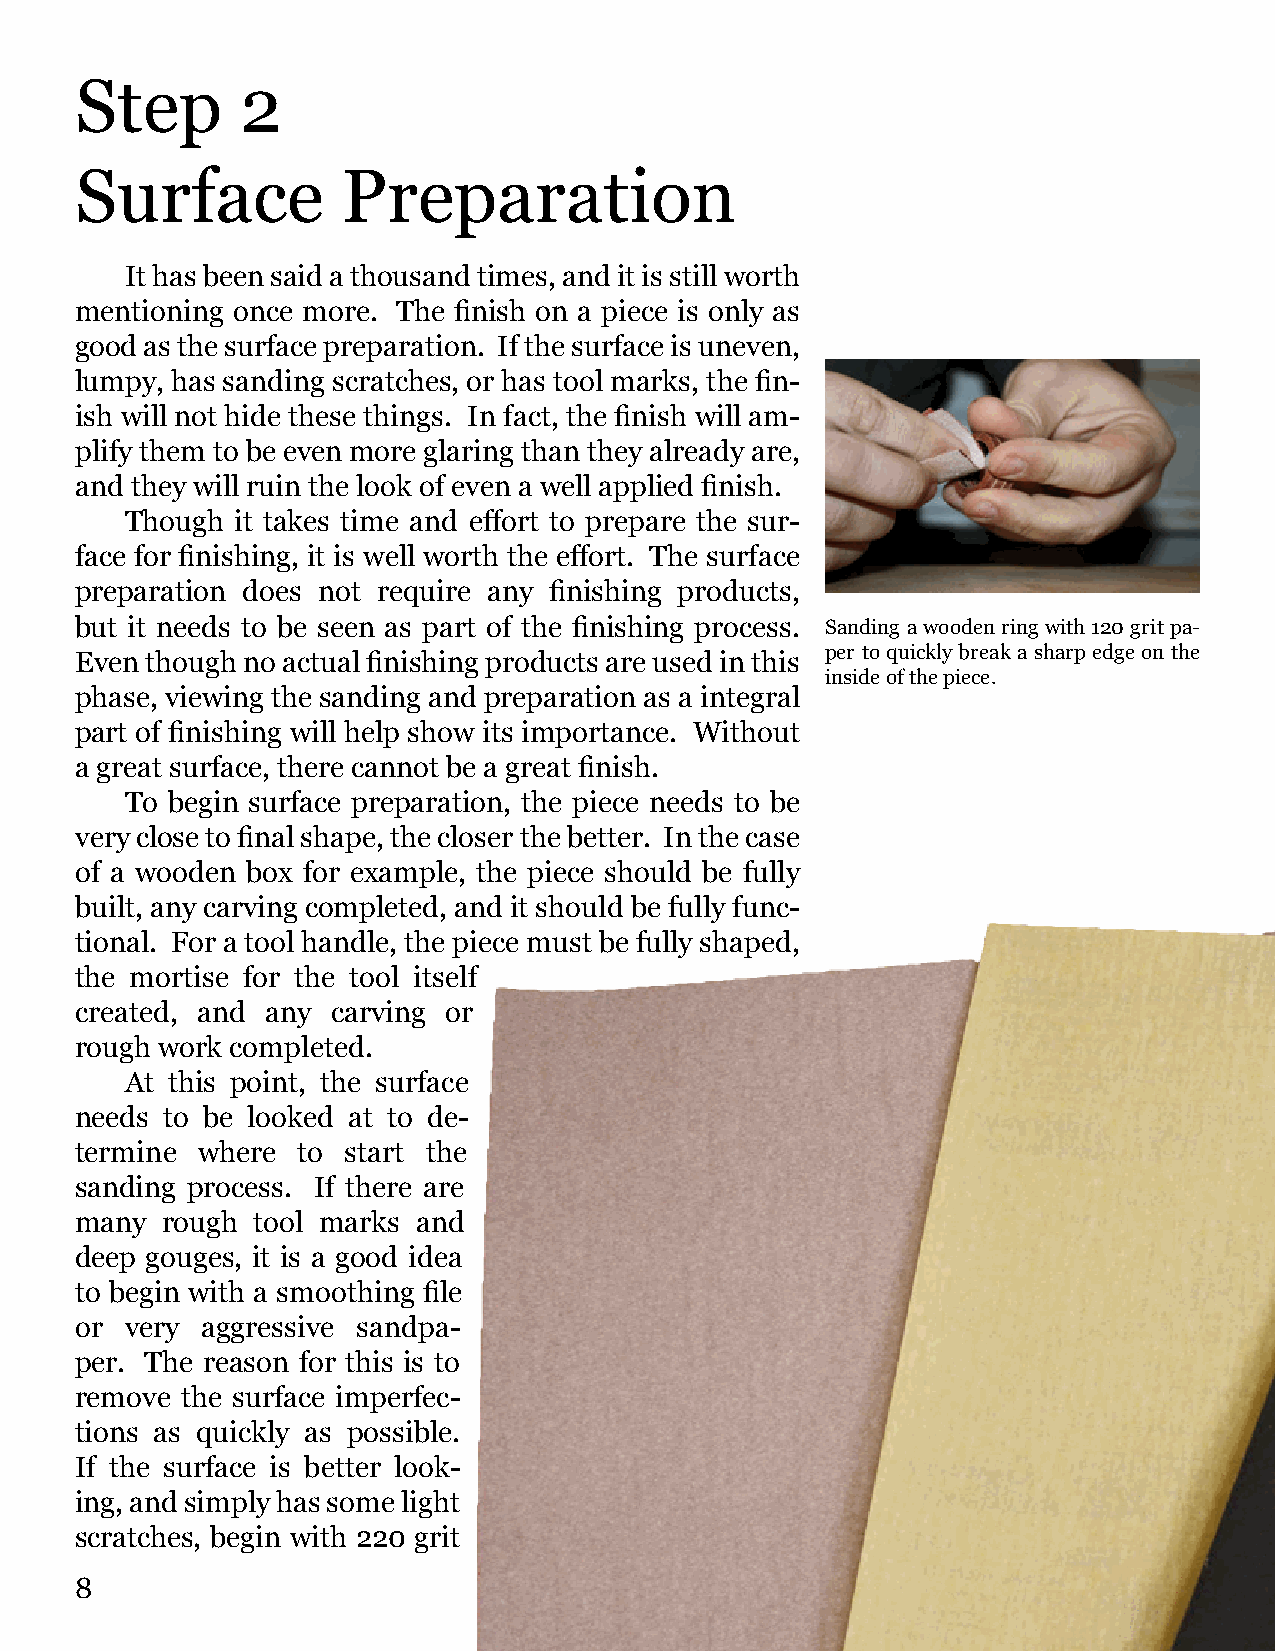
Step       2
 Surface           Preparation
 It has been said a thousand times, and it is still worth
 mentioning once more. The finish on a piece is only as
 good as the surface preparation. If the surface is uneven,
 lumpy, has sanding scratches, or has tool marks, the fin-
 ish will not hide these things. In fact, the finish will am-
 plify them to be even more glaring than they already are,
 and they will ruin the look of even a well applied finish.
 Though  it takes time and effort to prepare the sur-
 face for finishing, it is well worth the effort. The surface
 preparation does not require any finishing products,
 but it needs to be seen as part of the finishing process. Sanding a wooden ring with 120 grit pa-
 per to quickly break a sharp edge on the
 Even though no actual finishing products are used in this
 inside of the piece.
 phase, viewing the sanding and preparation as a integral
 part of finishing will help show its importance. Without
 a great surface, there cannot be a great finish.
 To begin surface preparation, the piece needs to be
 very close to final shape, the closer the better. In the case
 of a wooden box for example, the piece should be fully
 built, any carving completed, and it should be fully func-
 tional. For a tool handle, the piece must be fully shaped,
 the mortise for the tool itself
 created, and any carving or
 rough work completed.
 At this point, the surface
 needs to be looked at to de-
 termine where  to start the
 sanding process. If there are
 many  rough tool marks and
 deep gouges, it is a good idea
 to begin with a smoothing file
 or very aggressive sandpa-
 per. The reason for this is to
 remove the surface imperfec-
 tions as quickly as possible.
 If the surface is better look-
 ing, and simply has some light
 scratches, begin with 220 grit
 8